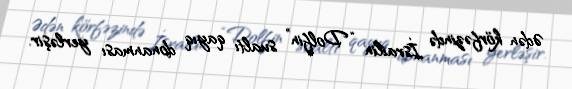
Ədən körfəzində İsrailin “Dolfin” sualtı qayıq donanması yerləşir.